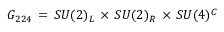
{ \cal G } _ { 2 2 4 } \, = \, S U ( 2 ) _ { L } \, \times \, S U ( 2 ) _ { R } \, \times \, S U ( 4 ) ^ { C }